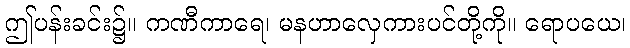
ဤပန်းခင်း၌။ ကဏီကာရေ၊ မနဟာလှေကားပင်တို့ကို။ ရောပယေ၊